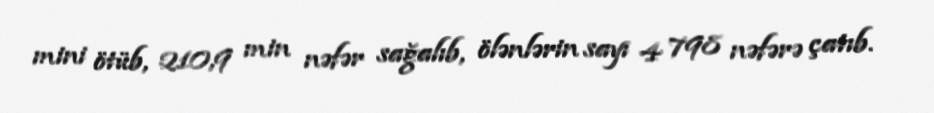
mini ötüb, 210,9 min nəfər sağalıb, ölənlərin sayı 4 798 nəfərə çatıb.